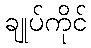
ချုပ်ကိုင်